Annual report on the working of the mental hospitals in the Madras Presidency - 1912-1932
Year: 1912
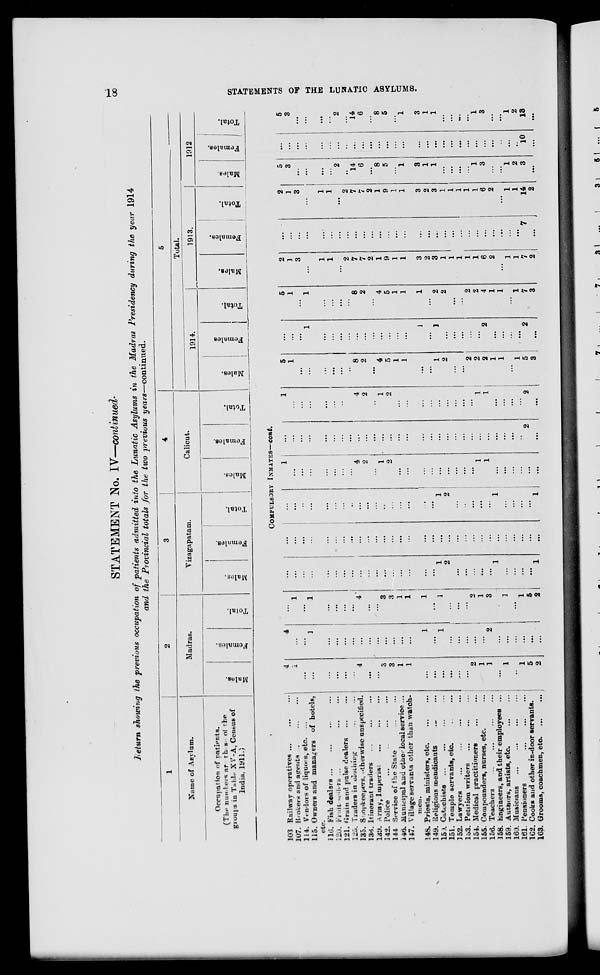
18
STATEMENTS OF THE LUNATIC ASYLUMS.
STATEMENT No. IV—continued.
Return showing the previous occupation of patients admitted into the Lunatic Asylums in the Madras Presidency during the year 1914
and the Provincial totals for the two previous years—continued.
1
Name of Asylum.
Occupation of patients.
(The numbers are this of the
groups in Table XV-A, Census of
India, 1911.)
2
Madras.
Males.
Females.
Total.
3
Vizagapatam.
Males.
Females.
Total.
4
Calicut.
Males.
Females.
Total.
5
Total.
1914.
Males
Females
Total.
1913.
Males.
Females.
Total.
1912
Males
Females.
Total.
COMPULSORY INMATES—cont.
103 Railway operatives ... ... ...
107. Brokers and agents ... ... ...
114. Vendors of liquors, etc. ... ...
115. Owners and managers of hotels,
etc.
110. Fish dealers
...
...
...
...
120. Fruit sealers ... ... ... ...
121. Grain and pulse dealers ... ...
125. Traders in clothing ... ...
135. Shopkeepers, otherwise unspecified.
136. Itinerant traders ... ... ...
139. Army, Imperias ... ... ...
142. Police
...
...
...
...
144 Service of the State ... ...
146. Municipal and other local service ...
147. Village servants other than watch-
men.
148. Priests, ministers, etc. ... ..
149. Religious mendicants ... ...
150. Catechiste ... ... ... ...
151. Temple servants, etc. ... ...
152. Lawyers ... ... ... ...
153. Petition writers ... ... ...
154. Medical practitioners
...
...
155. Compounders, nurses, etc. ...
156. Teachers ... ... ... ... ...
158. Engineers, and their employees ...
159. Authors, artists,
etc.
...
...
160. Musicians ... ... ... ...
161. Pensioners ... ... ...
162. Cooks and other in-door servants.
163. Grooms, coachmen, etc.
...
...
4
1
...
...
...
...
...
...
4
...
...
3
3
1
1
...
...
...
...
...
...
2
1
1
...
1
..
1
5
2
4
...
...
1
...
...
...
...
...
...
...
...
...
...
...
1
...
1
...
...
...
...
...
2
...
...
...
...
...
...
...
1
...
1
...
...
...
...
4
...
...
3
3
1
1
1
...
1
...
...
...
2
1
3
...
1
...
1
5
2
...
...
...
...
...
...
...
...
...
...
...
...
...
...
...
...
...
1
2
...
...
...
...
...
1
...
...
...
...
1
...
...
...
...
...
...
...
...
...
...
...
...
...
...
...
...
...
...
...
...
...
...
...
...
...
...
...
...
...
...
...
...
...
...
...
...
...
...
...
...
...
...
...
...
...
...
...
1
2
...
...
...
...
...
1
...
...
...
...
1
1
....
...
...
...
...
...
...
4
2
...
1
2
...
...
...
...
...
...
...
...
...
1
1
...
...
...
...
...
...
...
...
...
...
...
...
...
...
...
...
...
...
...
...
...
...
...
...
...
...
...
...
...
...
...
...
...
...
2
...
1
...
...
...
...
...
...
...
4
2
...
1
2
...
...
...
...
...
...
...
...
...
1
1
...
...
...
...
2
...
5
1
...
...
...
...
...
...
8
2
...
4
5
1
1
...
...
1
2
...
...
2
2
2
1
1
...
1
5
3
...
...
...
1
...
...
...
...
...
...
...
...
...
...
...
1
...
1
...
...
...
...
...
2
...
...
...
...
2
...
5
1
...
1
...
...
...
...
8
2
...
4
5
1
1
1
...
2
2
...
...
2
2
4
1
1
...
1
7
3
2
1
3
...
1
1
...
2
7
7
2
1
9
1
1
3
2
3
1
1
1
1
1
6
2
...
1
1
7
2
...
...
...
...
...
...
...
...
...
...
...
...
...
...
...
...
...
...
...
...
...
...
...
...
...
...
...
...
7
...
2
1
3
...
1
1
...
2
7
7
2
1
9
1
1
3
2
3
1
1
1
1
1
6
2
...
1
1
14
2
5
3
...
...
...
...
2
...
14
6
...
8
5
...
1
3
1
1
...
...
...
...
1
3
...
...
1
2
3
...
...
...
...
...
...
...
...
...
...
...
...
...
...
...
...
...
...
...
...
...
...
...
...
...
...
...
...
...
10
...
5
3
...
...
...
...
2
...
14
6
...
8
5
...
1
3
1
1
...
...
...
...
1
3
...
...
1
2
13
...